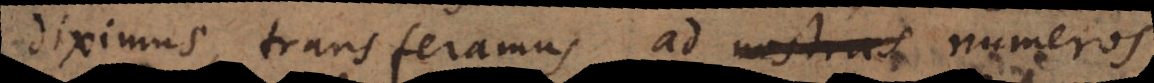
diximus, transferamus ad nostras numeros